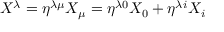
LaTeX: X ^ { \lambda } = \eta ^ { \lambda \mu } X _ { \mu } = \eta ^ { \lambda 0 } X _ { 0 } + \eta ^ { \lambda i } X _ { i }